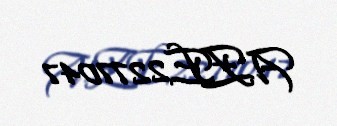
AZE2277047